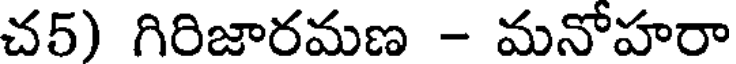
చ5) గిరిజారమణ - మనోహరా